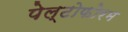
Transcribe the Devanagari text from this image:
पेल्टोफोरम